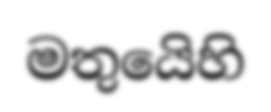
මතුයෙිහි